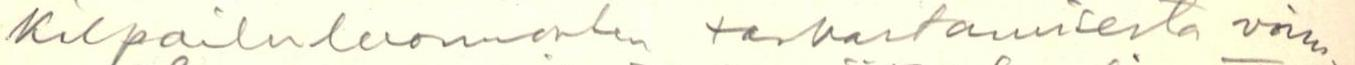
kilpailuluonnosten tarkastamisesta voim-